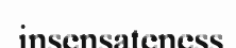
insensateness